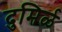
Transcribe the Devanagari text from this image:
दुमिर्ळ